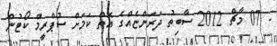
- 07 މާޗް 2012 ސާބިތު ދަރަންޏެއްގެ އޮތް ކަމަށް ސުޕްރީމް ކޯޓުން